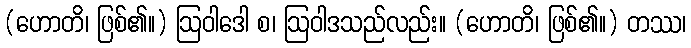
(ဟောတိ၊ ဖြစ်၏။) ဩဝါဒေါ စ၊ ဩဝါဒသည်လည်း။ (ဟောတိ၊ ဖြစ်၏။) တဿ၊